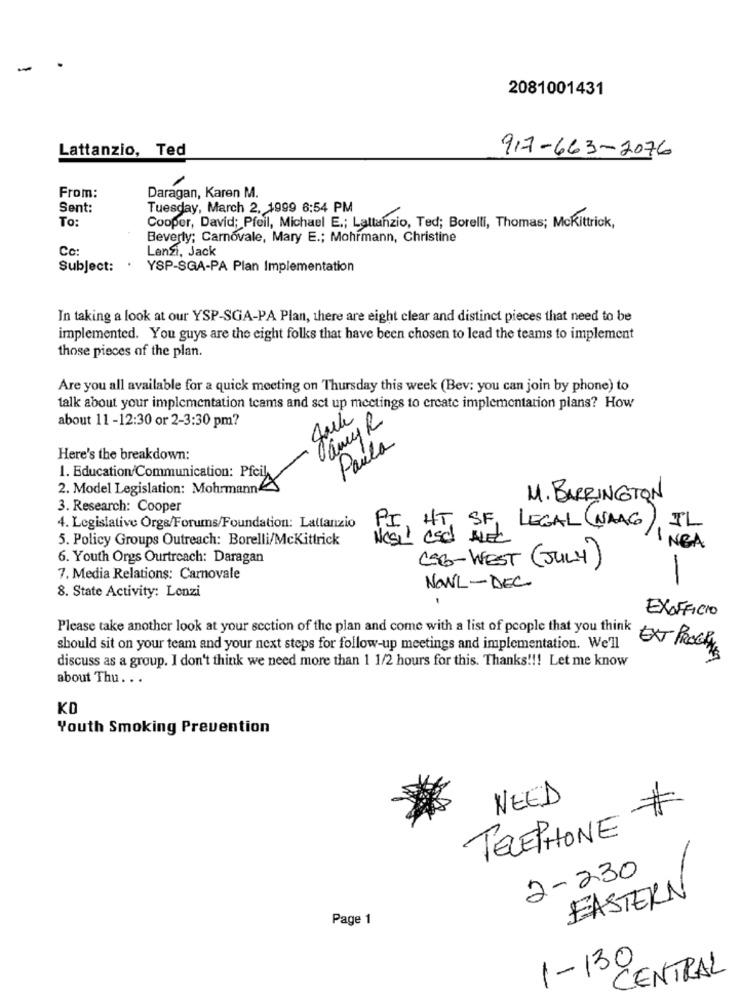
-
2081001431
Lattanzio, Ted
917-663-2076
From:
Daragan, Karen M.
Sent:
Tuesday, March 2, 1999 6:54 PM
To:
Cooper, David; Pfeil, Michael E .; Lattanzio, Ted; Borelli, Thomas; Mckittrick,
Beverly; Carnovale, Mary E .; Mohrmann, Christine
Co:
Lenzi, Jack
Subject:
YSP-SGA-PA Plan Implementation
In taking a look at our YSP-SGA-PA Plan, there are eight clear and distinct pieces that need to be
implemented. You guys are the eight folks that have been chosen to lead the teams to implement
those pieces of the plan.
Are you all available for a quick meeting on Thursday this week (Bev: you can join by phone) to
talk about your implementation teams and set up meetings to create implementation plans? How
about 11 -12:30 or 2-3:30 pm?
Paula
Here's the breakdown:
1. Education/Communication: Pfeil
2. Model Legislation: Mohrmann
M. BARRINGTON
3. Research: Cooper
PI HT SF
4. Legislative Orgs/Forums/Foundation: Lattanzio
LEGAL (NAAG)
5. Policy Groups Outreach: Borelli/McKittrick
NOSL' esc AVEC
NEA
6. Youth Orgs Ourtreach: Daragan
CSB-WEST ( JULY)
7. Media Relations: Carnovale
-
8. State Activity: Lenzi
NONL- DEC
EXOFFICIO
Please take another look at your section of the plan and come with a list of people that you think
should sit on your team and your next steps for follow-up meetings and implementation. We'll
EXT PROCRY
discuss as a group. I don't think we need more than 1 1/2 hours for this. Thanks !!! Let me know
about Thu. . .
KD
Youth Smoking Prevention
NEED
TELEPHONE
2-230
EASTERN
Page 1
1-130
CENTRAL